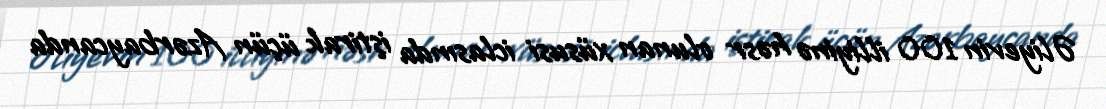
Əliyevin 100 illiyinə həsr olunan xüsusi iclasında iştirak üçün Azərbaycanda